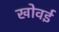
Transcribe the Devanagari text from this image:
खोवई